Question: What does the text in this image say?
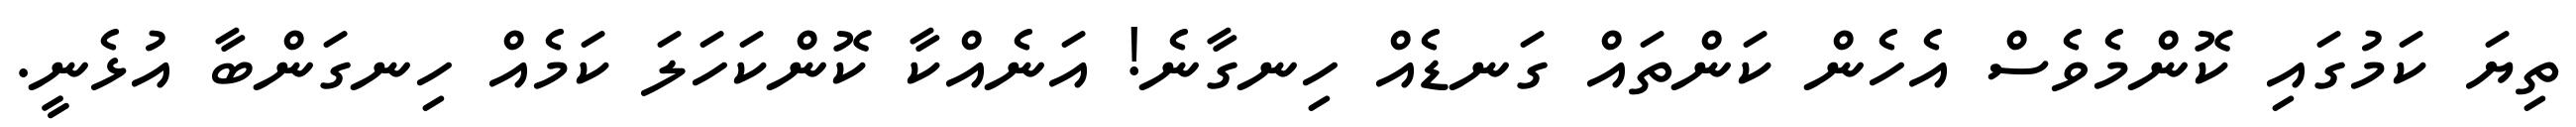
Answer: ތިޔަ ކަމުގައި ކޮންމެވެސް އެހެން ކަންތައް ގަނޑެއް ހިނގާނެ! އަނެއްކާ ކޮންކަހަލަ ކަމެއް ހިނގަންބާ އުޅެނީ.